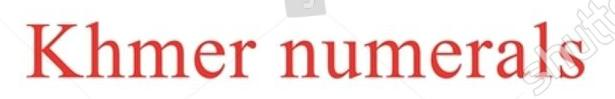
Khmer numerals